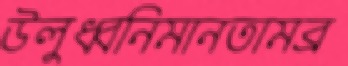
উলুধ্বনিমানতামব্র